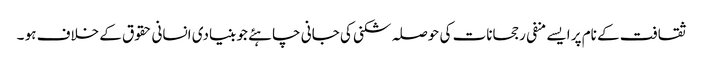
ثقافت کے نام پر ایسے منفی رجحانات کی حوصلہ شکنی کی جانی چاہئے جو بنیادی انسانی حقوق کے خلاف ہو ۔